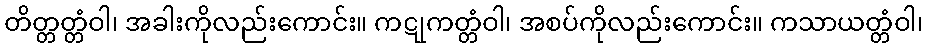
တိတ္တတ္တံဝါ၊ အခါးကိုလည်းကောင်း။ ကဋုကတ္တံဝါ၊ အစပ်ကိုလည်းကောင်း။ ကသာယတ္တံဝါ၊